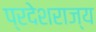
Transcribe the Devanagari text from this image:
प्रदेशराज्य